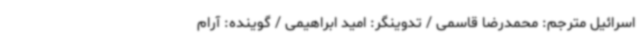
اسرائیل مترجم: محمدرضا قاسمی / تدوینگر: امید ابراهیمی / گوینده: آرام